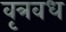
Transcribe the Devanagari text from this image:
वृत्रवध